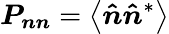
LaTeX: \boldsymbol{P_{nn}}=\left\langle\boldsymbol{\hat{n}}\boldsymbol{\hat{n}}^{*}\right\rangle